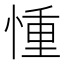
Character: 𢝆